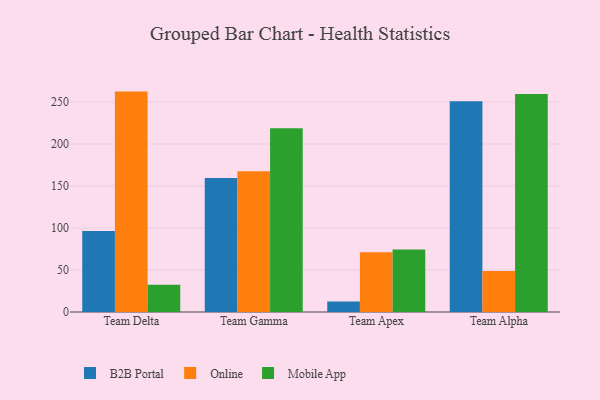
{"axis": {"x": "Team", "y": "LTV (USD)"}, "legend": ["B2B Portal", "Mobile App", "Online"], "data": [{"x": "Team Delta", "y": 96.4, "type": "B2B Portal"}, {"x": "Team Delta", "y": 262.4, "type": "Online"}, {"x": "Team Delta", "y": 32.4, "type": "Mobile App"}, {"x": "Team Gamma", "y": 159.4, "type": "B2B Portal"}, {"x": "Team Gamma", "y": 167.6, "type": "Online"}, {"x": "Team Gamma", "y": 218.7, "type": "Mobile App"}, {"x": "Team Apex", "y": 12.6, "type": "B2B Portal"}, {"x": "Team Apex", "y": 71.2, "type": "Online"}, {"x": "Team Apex", "y": 74.5, "type": "Mobile App"}, {"x": "Team Alpha", "y": 250.8, "type": "B2B Portal"}, {"x": "Team Alpha", "y": 48.9, "type": "Online"}, {"x": "Team Alpha", "y": 259.6, "type": "Mobile App"}]}